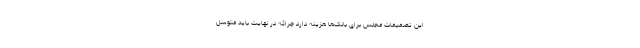
این تصمیمات مجلس برای بانک‌ها هزینه دارد چراکه در نهایت باید متوسل